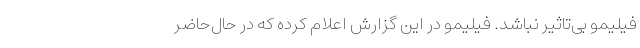
فیلیمو بی‌تاثیر نباشد. فیلیمو در این گزارش اعلام کرده که در حا‌ل‌حاضر